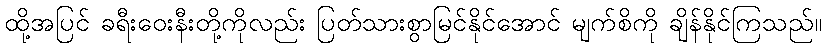
ထို့အပြင် ခရီးဝေးနီးတို့ကိုလည်း ပြတ်သားစွာမြင်နိုင်အောင် မျက်စိကို ချိန်နိုင်ကြသည်။